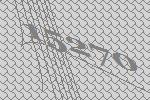
15270